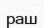
раш